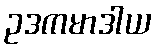
ဥဒကမာဒါယ